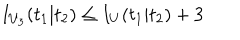
I _ { U _ { 3 } } ( t _ { 1 } | t _ { 2 } ) \leq I _ { U } ( t _ { 1 } | t _ { 2 } ) + 3